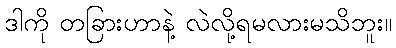
ဒါကို တခြားဟာနဲ့ လဲလို့ရမလားမသိဘူး။